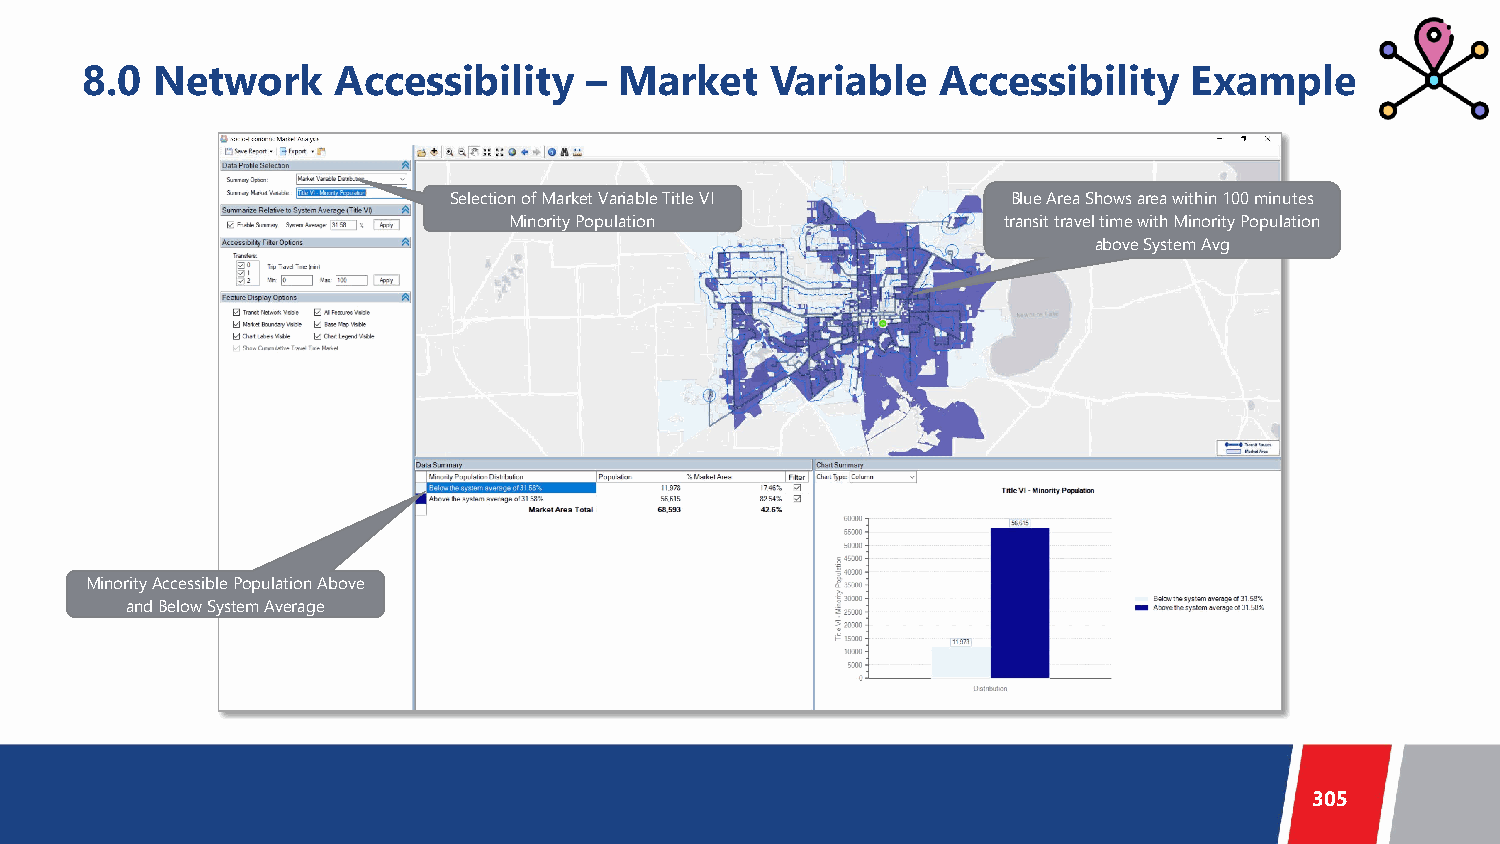
8.0  Network     Accessibility    – Market    Variable   Accessibility    Example
 Selection of Market Variable Title VI Blue Area Shows area within 100 minutes
 Minority Population             transit travel time with Minority Population
 above System Avg
 Minority Accessible Population Above
 and Below System Average
 305